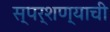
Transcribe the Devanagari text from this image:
स्पर्शण्याची